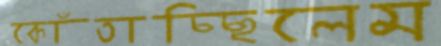
কোঁতাচ্ছিলেম